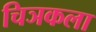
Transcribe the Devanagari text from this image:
चिञकला